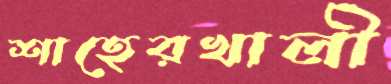
শাহেরখালী